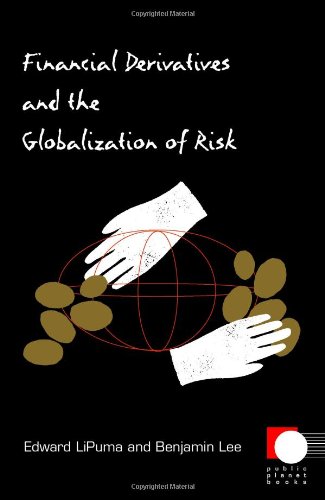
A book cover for Financial Derivatives and the Globalization of Risk (Public Planet Books); Edward LiPuma; Business & Money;